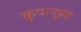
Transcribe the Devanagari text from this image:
कृपानुग्रह